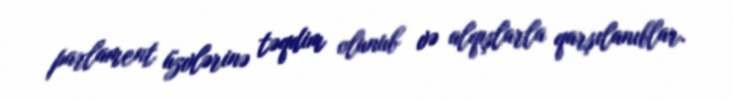
parlament üzvlərinə təqdim olunub və alqışlarla qarşılanıblar.